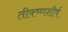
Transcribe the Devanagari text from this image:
तीक्ष्णशीर्ष